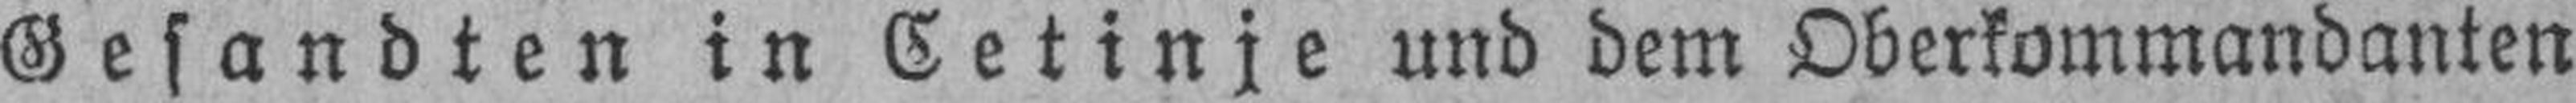
Gesandten in Cetinje und dem Oberkommandanten